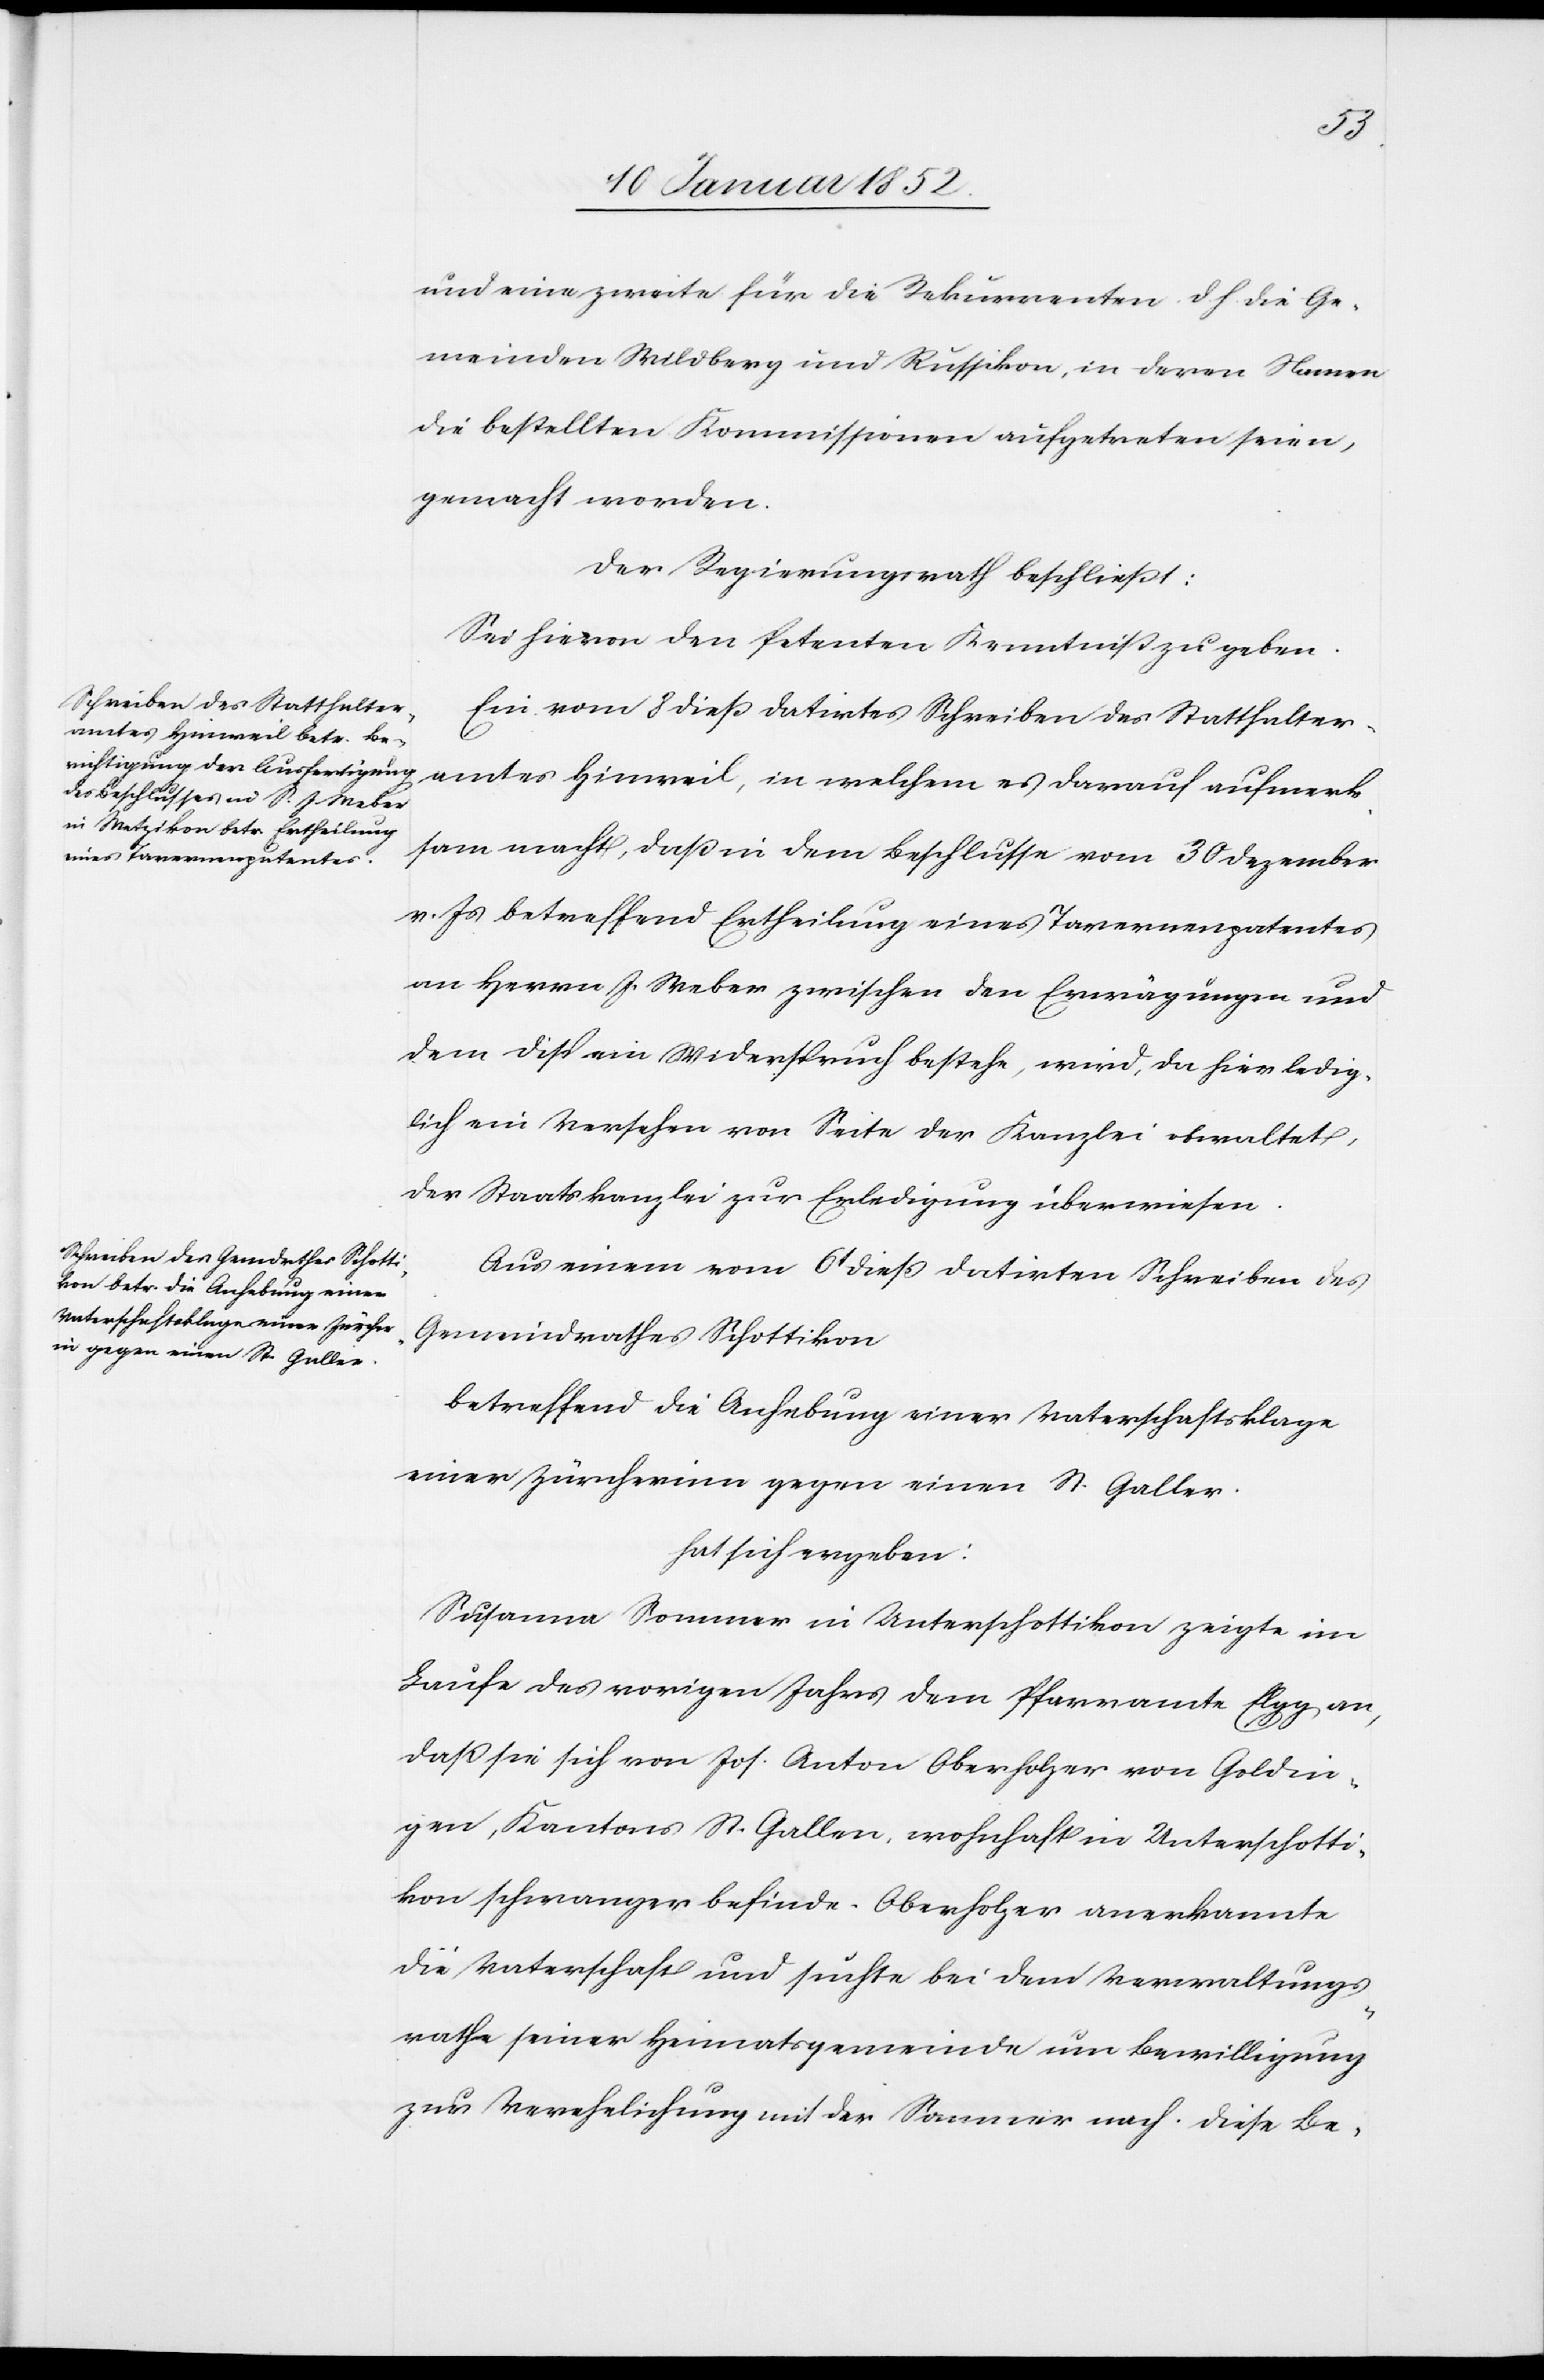
und eine zweite für die Recurrenten d. h. die Ge¬
meinden Wildberg und Russikon, in deren Namen
die bestellten Kommissionen aufgetreten seien,
gemacht worden.
der Regierungsrath beschließt:
Sei hievon den Petenten Kenntniß zu geben.
Ein vom 8 dieß datirtes Schreiben des Statthalter¬
amtes Hinweil, in welchem es darauf aufmerk¬
sam macht, daß in dem Beschlusse vom 30 Dezember
v. Js betreffend Ertheilung eines Tavernenpatentes
an Herrn J. Weber zwischen den Erwägungen und
dem Disp ein Widerspruch bestehe, wird, da hier ledig¬
lich ein Versehen von Seite der Kanzlei obwaltet,
der Staatskanzlei zur Erledigung überwiesen.
Aus einem vom 6t dieß datirten Schreiben des
Gemeindraths Schottikon
betreffend die Anhebung einer Vaterschaftsklage
einer Zürcherinn gegen einen St. Galler.
hat sich ergeben:
Susanna Sommer in Unterschottikon zeigte im
Laufe des vorigen Jahres dem Pfarramte Elgg an,
daß sie sich von Jos. Anton Oberholzer von Goldin¬
gen, Kantons St. Gallen, wohnhaft in Unterschotti¬
kon schwanger befinde. Oberholzer anerkannte
die Vaterschaft und suchte bei dem Verwaltungs¬
rathe seiner Heimatsgemeinde um Bewilligung
zur Verehelichung mit der Sommer nach. Diese Be-